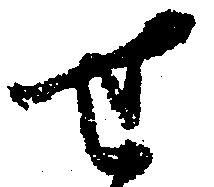
せ